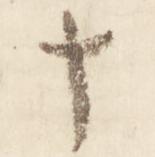
十